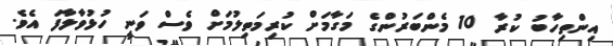
އިންތިހާބު ކުރާ 10 މެންބަރުންގެ މަގާމަށް ކުރިމަތިލުމަށް ވެސް ވަނީ ހުޅުވާލާފަ އެވެ.